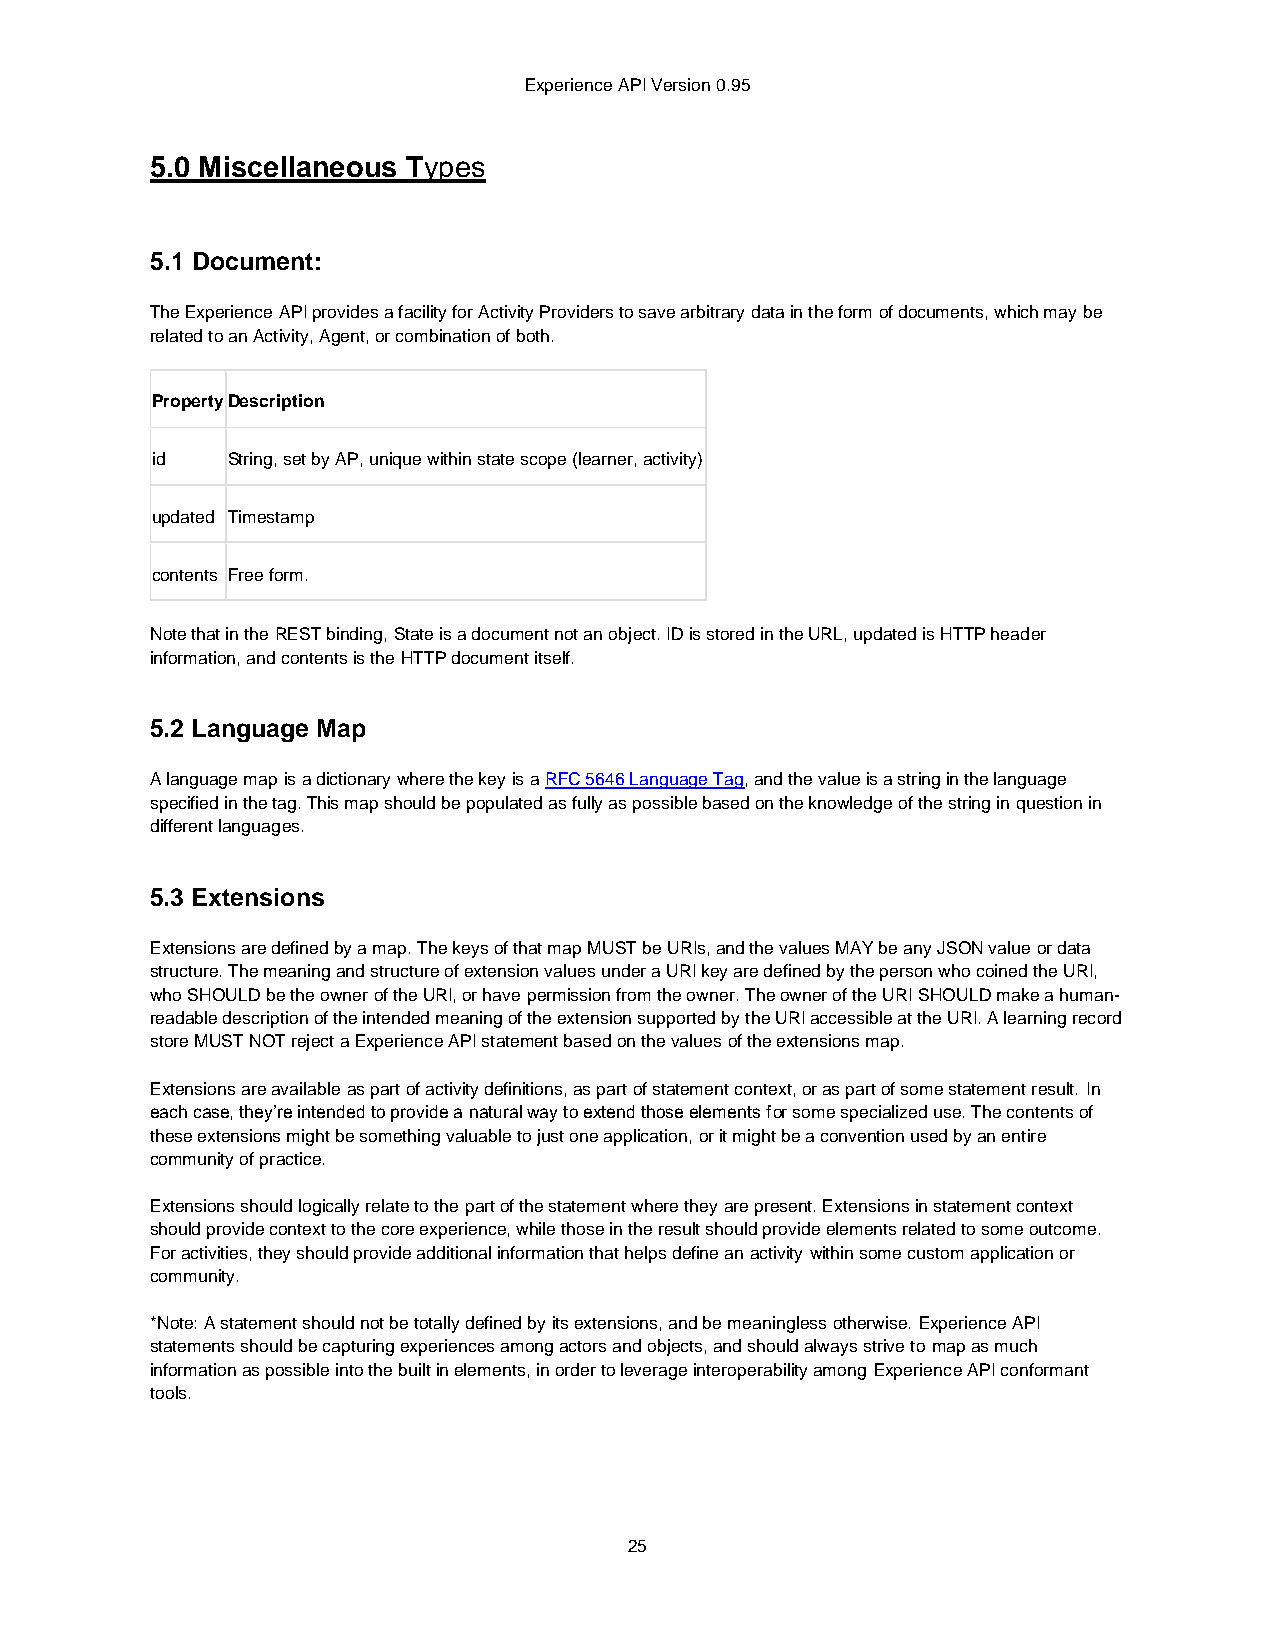
Experience API Version 0.95
 5.0 Miscellaneous Types
 5.1 Document:
 The Experience API provides a facility for Activity Providers to save arbitrary data in the form of documents, which may be
 related to an Activity, Agent, or combination of both.
 Property Description
 id   String, set by AP, unique within state scope (learner, activity)
 updated Timestamp
 contents Free form.
 Note that in the REST binding, State is a document not an object. ID is stored in the URL, updated is HTTP header
 information, and contents is the HTTP document itself.
 5.2 Language Map
 A language map is a dictionary where the key is a RFC 5646 Language Tag, and the value is a string in the language
 specified in the tag. This map should be populated as fully as possible based on the knowledge of the string in question in
 different languages.
 5.3 Extensions
 Extensions are defined by a map. The keys of that map MUST be URIs, and the values MAY be any JSON value or data
 structure. The meaning and structure of extension values under a URI key are defined by the person who coined the URI,
 who SHOULD be the owner of the URI, or have permission from the owner. The owner of the URI SHOULD make a human-
 readable description of the intended meaning of the extension supported by the URI accessible at the URI. A learning record
 store MUST NOT reject a Experience API statement based on the values of the extensions map.
 Extensions are available as part of activity definitions, as part of statement context, or as part of some statement result. In
 each case, they’re intended to provide a natural way to extend those elements for some specialized use. The contents of
 these extensions might be something valuable to just one application, or it might be a convention used by an entire
 community of practice.
 Extensions should logically relate to the part of the statement where they are present. Extensions in statement context
 should provide context to the core experience, while those in the result should provide elements related to some outcome.
 For activities, they should provide additional information that helps define an activity within some custom application or
 community.
 *Note: A statement should not be totally defined by its extensions, and be meaningless otherwise. Experience API
 statements should be capturing experiences among actors and objects, and should always strive to map as much
 information as possible into the built in elements, in order to leverage interoperability among Experience API conformant
 tools.
 25